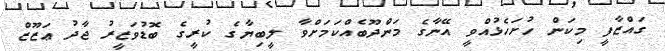
ގައްޒާފީ މިކަން ހުށަހެޅުއްވީ އޭނާގެ މަންދޫބެއްކަމަށްވާ ލީބިޔާގެ ކުރީގެ ބޮޑުވަޒީރު ޖާދު ޢަޒޫޒް